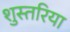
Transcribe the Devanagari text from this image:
शुस्तरिया